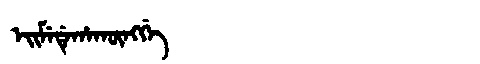
Manchu: ᡝᡳᠮᡝᡩᡝᡥᠠᡴᡡᠩᡤᡝ
Romanization: EIMEDEHAKŪNGGE